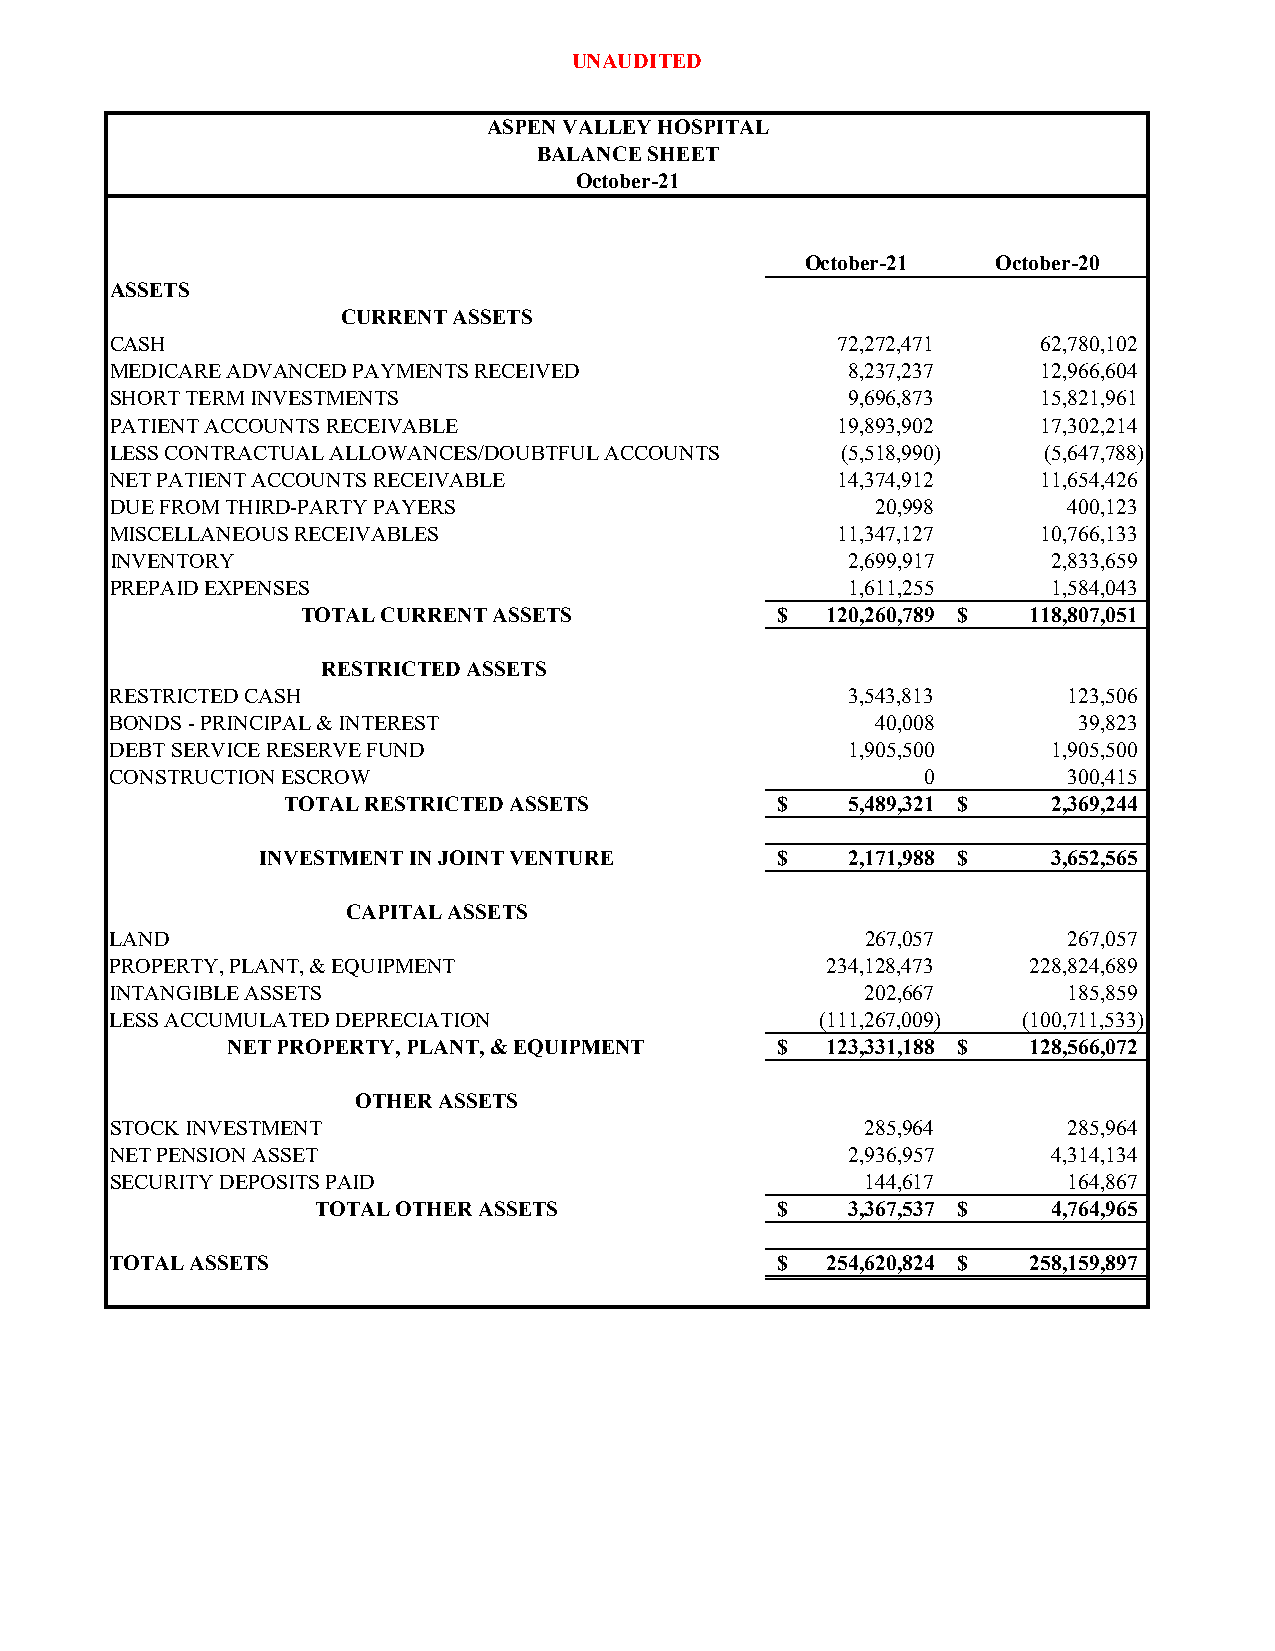
UNAUDITED
 ASPEN VALLEY HOSPITAL
 BALANCE SHEET
 October-21
 October-21   October-20
 ASSETS
 CURRENT ASSETS
 CASH                                            72,272,471    62,780,102
 MEDICARE ADVANCED PAYMENTS RECEIVED              8,237,237    12,966,604
 SHORT TERM INVESTMENTS                           9,696,873    15,821,961
 PATIENT ACCOUNTS RECEIVABLE                     19,893,902    17,302,214
 LESS CONTRACTUAL ALLOWANCES/DOUBTFUL ACCOUNTS    (5,518,990)  (5,647,788)
 NET PATIENT ACCOUNTS RECEIVABLE                 14,374,912    11,654,426
 DUE FROM THIRD-PARTY PAYERS                        20,998       400,123
 MISCELLANEOUS RECEIVABLES                       11,347,127    10,766,133
 INVENTORY                                        2,699,917     2,833,659
 PREPAID EXPENSES                                 1,611,255     1,584,043
 TOTAL CURRENT ASSETS           $   120,260,789 $ 118,807,051
 RESTRICTED ASSETS
 RESTRICTED CASH                                  3,543,813      123,506
 BONDS - PRINCIPAL & INTEREST                       40,008       39,823
 DEBT SERVICE RESERVE FUND                        1,905,500     1,905,500
 CONSTRUCTION ESCROW                                   0         300,415
 TOTAL RESTRICTED ASSETS         $    5,489,321 $   2,369,244
 INVESTMENT IN JOINT VENTURE       $    2,171,988 $   3,652,565
 CAPITAL ASSETS
 LAND                                              267,057       267,057
 PROPERTY, PLANT, & EQUIPMENT                    234,128,473  228,824,689
 INTANGIBLE ASSETS                                 202,667       185,859
 LESS ACCUMULATED DEPRECIATION                  (111,267,009) (100,711,533)
 NET PROPERTY, PLANT, & EQUIPMENT    $   123,331,188 $ 128,566,072
 OTHER ASSETS
 STOCK INVESTMENT                                  285,964       285,964
 NET PENSION ASSET                                2,936,957     4,314,134
 SECURITY DEPOSITS PAID                            144,617       164,867
 TOTAL OTHER ASSETS            $    3,367,537 $   4,764,965
 TOTAL ASSETS                                $   254,620,824 $ 258,159,897